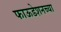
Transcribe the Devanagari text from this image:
फाऊडेशनच्या